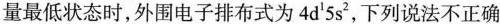
量最低状态时，外围电子排布式为4d^{1}5s^{2}，下列说法不正确